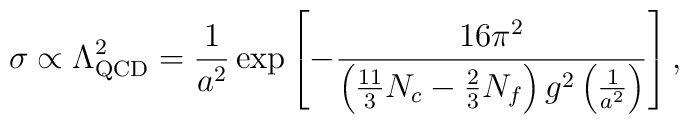
\sigma\propto\Lambda_{\rm QCD}^2=\frac{1}{a^2}\exp\left[-\frac{16\pi^2}{\left(\frac{11}{3}N_c-\frac23N_f\right)g^2\left(\frac{1}{a^2}\right)}\right],